Vaccination in Bombay 1863-1868 - 1863-1868
Year: 1863
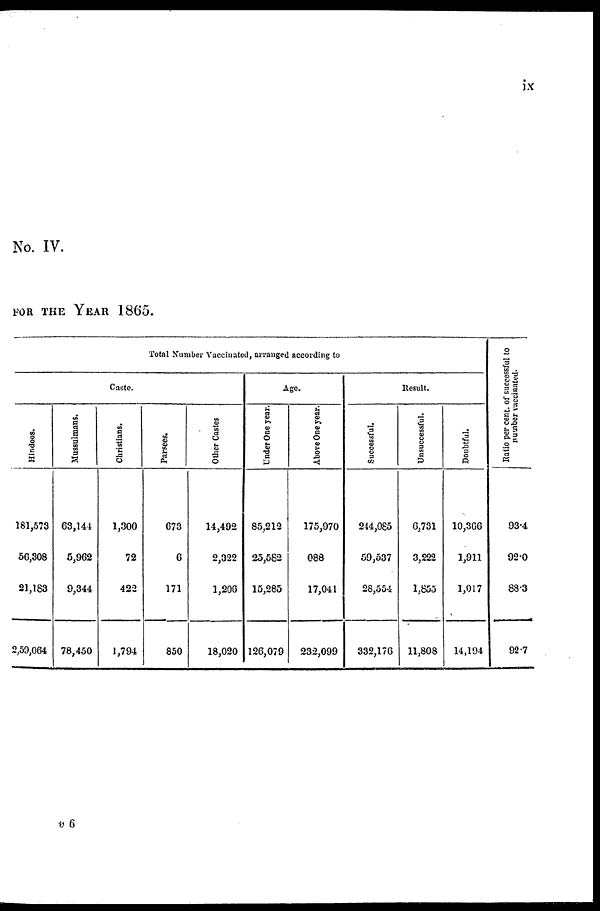
ix
No. IV.
FOR THE YEAR 1865.
Total Number Vaccinated, arranged according to
Caste.
Hindoos.
181,573
56,308
21,183
2,59,064
Mussulmans.
63,144
5,962
9,344
78,450
Christians.
1,300
72
422
1,794
Parsees.
673
6
171
850
Other Castes
14,492
2,322
1,206
18,020
Age.
Under One year.
85,212
25,582
15,285
126,079
Above One year.
175,970
088
17,041
232,099
Result.
Successful.
244,085
59,537
28,554
332,176
Unsuccessful.
6,731
3,222
1,855
11,808
Doubtful.
10,366
1,911
1,017
14,194
Ratio per cent. of successful to
number vaccinated.
93.4
92.0
88.3
92.7
v 6